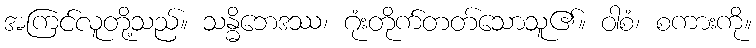
အကြင်လူတို့သည်။ သန္ဓိဘေဒဿ၊ ဂုံးတိုက်တတ်သောသူ၏။ ဝါစံ၊ စကားကို။